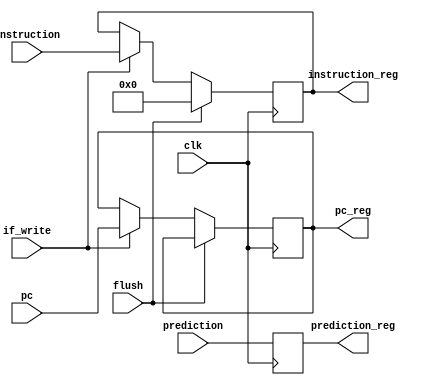
module if_id_register (
    input clk,
    input [63:0] pc,
    input [31:0] instruction,
    input flush,
    input if_write,
    input prediction,
    
    output reg [63:0] pc_reg,
    output reg [31:0] instruction_reg,
    output reg prediction_reg
);

    initial begin
        pc_reg = 0;
        instruction_reg = 0; 
    end
    
    always @(posedge clk) begin
        if (flush) begin
            instruction_reg <= 0;
        end else if(if_write) begin
            pc_reg <= pc;
            instruction_reg <= instruction;
        end
        prediction_reg <= prediction;
    end
    
endmodule